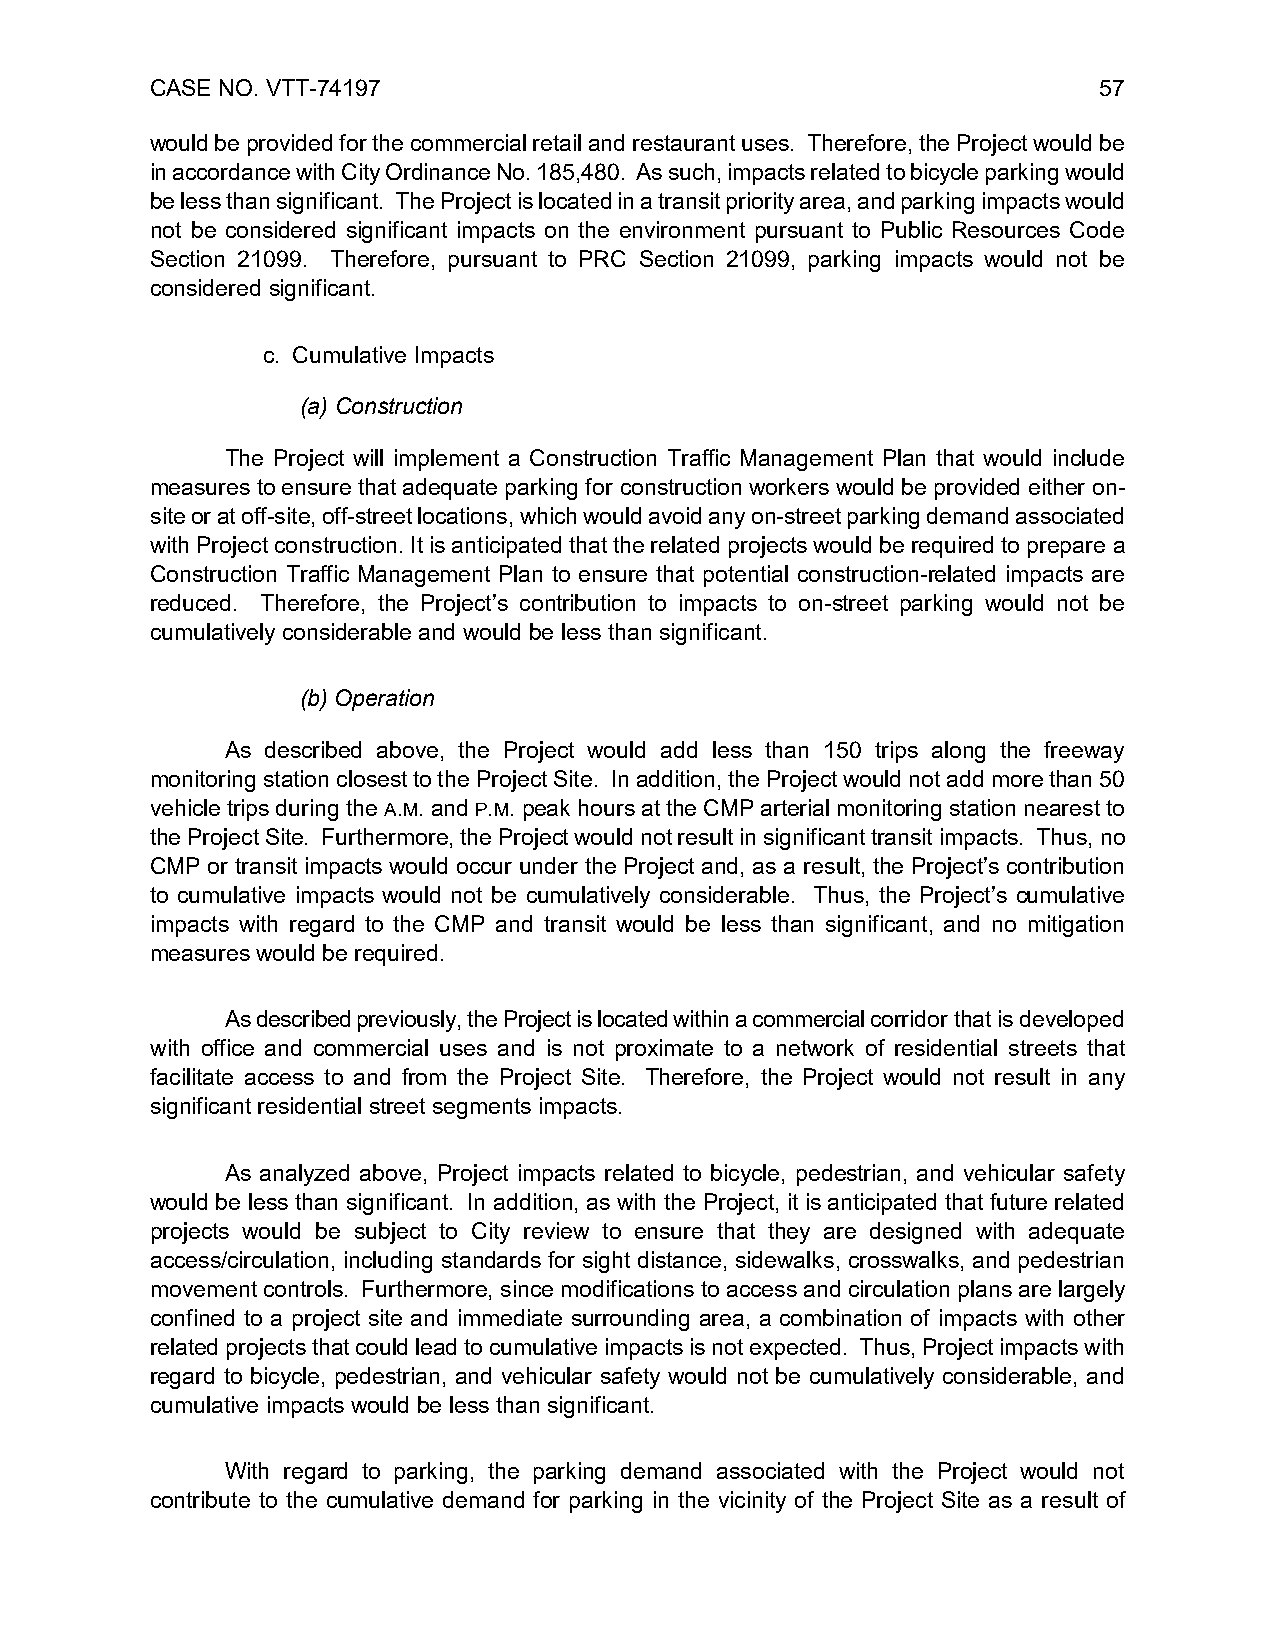
CASE NO. VTT-74197                                             57
 would be provided for the commercial retail and restaurant uses. Therefore, the Project would be
 in accordance with City Ordinance No. 185,480. As such, impacts related to bicycle parking would
 be less than significant. The Project is located in a transit priority area, and parking impacts would
 not be considered significant impacts on the environment pursuant to Public Resources Code
 Section 21099. Therefore, pursuant to PRC Section 21099, parking impacts would not be
 considered significant.
 c. Cumulative Impacts
 (a) Construction
 The Project will implement a Construction Traffic Management Plan that would include
 measures to ensure that adequate parking for construction workers would be provided either on-
 site or at off-site, off-street locations, which would avoid any on-street parking demand associated
 with Project construction. It is anticipated that the related projects would be required to prepare a
 Construction Traffic Management Plan to ensure that potential construction-related impacts are
 reduced. Therefore, the Project’s contribution to impacts to on-street parking would not be
 cumulatively considerable and would be less than significant.
 (b) Operation
 As described above, the Project would add less than 150 trips along the freeway
 monitoring station closest to the Project Site. In addition, the Project would not add more than 50
 vehicle trips during the A.M. and P.M. peak hours at the CMP arterial monitoring station nearest to
 the Project Site. Furthermore, the Project would not result in significant transit impacts. Thus, no
 CMP or transit impacts would occur under the Project and, as a result, the Project’s contribution
 to cumulative impacts would not be cumulatively considerable. Thus, the Project’s cumulative
 impacts with regard to the CMP and transit would be less than significant, and no mitigation
 measures would be required.
 As described previously, the Project is located within a commercial corridor that is developed
 with office and commercial uses and is not proximate to a network of residential streets that
 facilitate access to and from the Project Site. Therefore, the Project would not result in any
 significant residential street segments impacts.
 As analyzed above, Project impacts related to bicycle, pedestrian, and vehicular safety
 would be less than significant. In addition, as with the Project, it is anticipated that future related
 projects would be subject to City review to ensure that they are designed with adequate
 access/circulation, including standards for sight distance, sidewalks, crosswalks, and pedestrian
 movement controls. Furthermore, since modifications to access and circulation plans are largely
 confined to a project site and immediate surrounding area, a combination of impacts with other
 related projects that could lead to cumulative impacts is not expected. Thus, Project impacts with
 regard to bicycle, pedestrian, and vehicular safety would not be cumulatively considerable, and
 cumulative impacts would be less than significant.
 With regard to parking, the parking demand associated with the Project would not
 contribute to the cumulative demand for parking in the vicinity of the Project Site as a result of